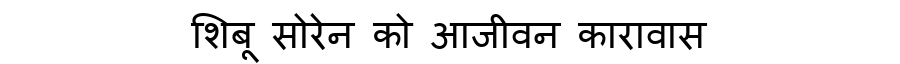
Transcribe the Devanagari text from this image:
शिबू सोरेन को आजीवन कारावास